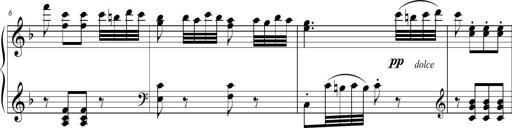
Title: 2 Sonatines faciles et brillantes pour le piano-forte seul
Composer: Carl Czerny